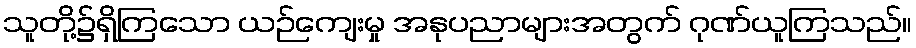
သူတို့၌ရှိကြသော ယဉ်ကျေးမှု အနုပညာများအတွက် ဂုဏ်ယူကြသည်။